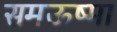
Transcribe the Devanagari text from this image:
समऊष्मा